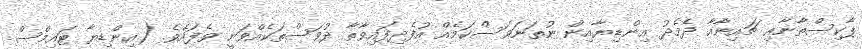
ޕާކިސްތާނާއި ޗައިނާއާ ދެމެދު އިންޑިޔާއިން ނުތަނަވަސްކަމެއް އުފެދިފައިވާތާ ދުވަސްތަކެއްވަނީ ވެފައެވެ. (އިންޑިޔާ ޓައިމްސް